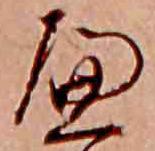
へ